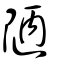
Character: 陋